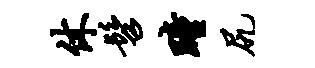
休髫瞳尻